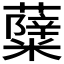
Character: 𮒷